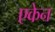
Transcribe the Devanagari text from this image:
एकेन